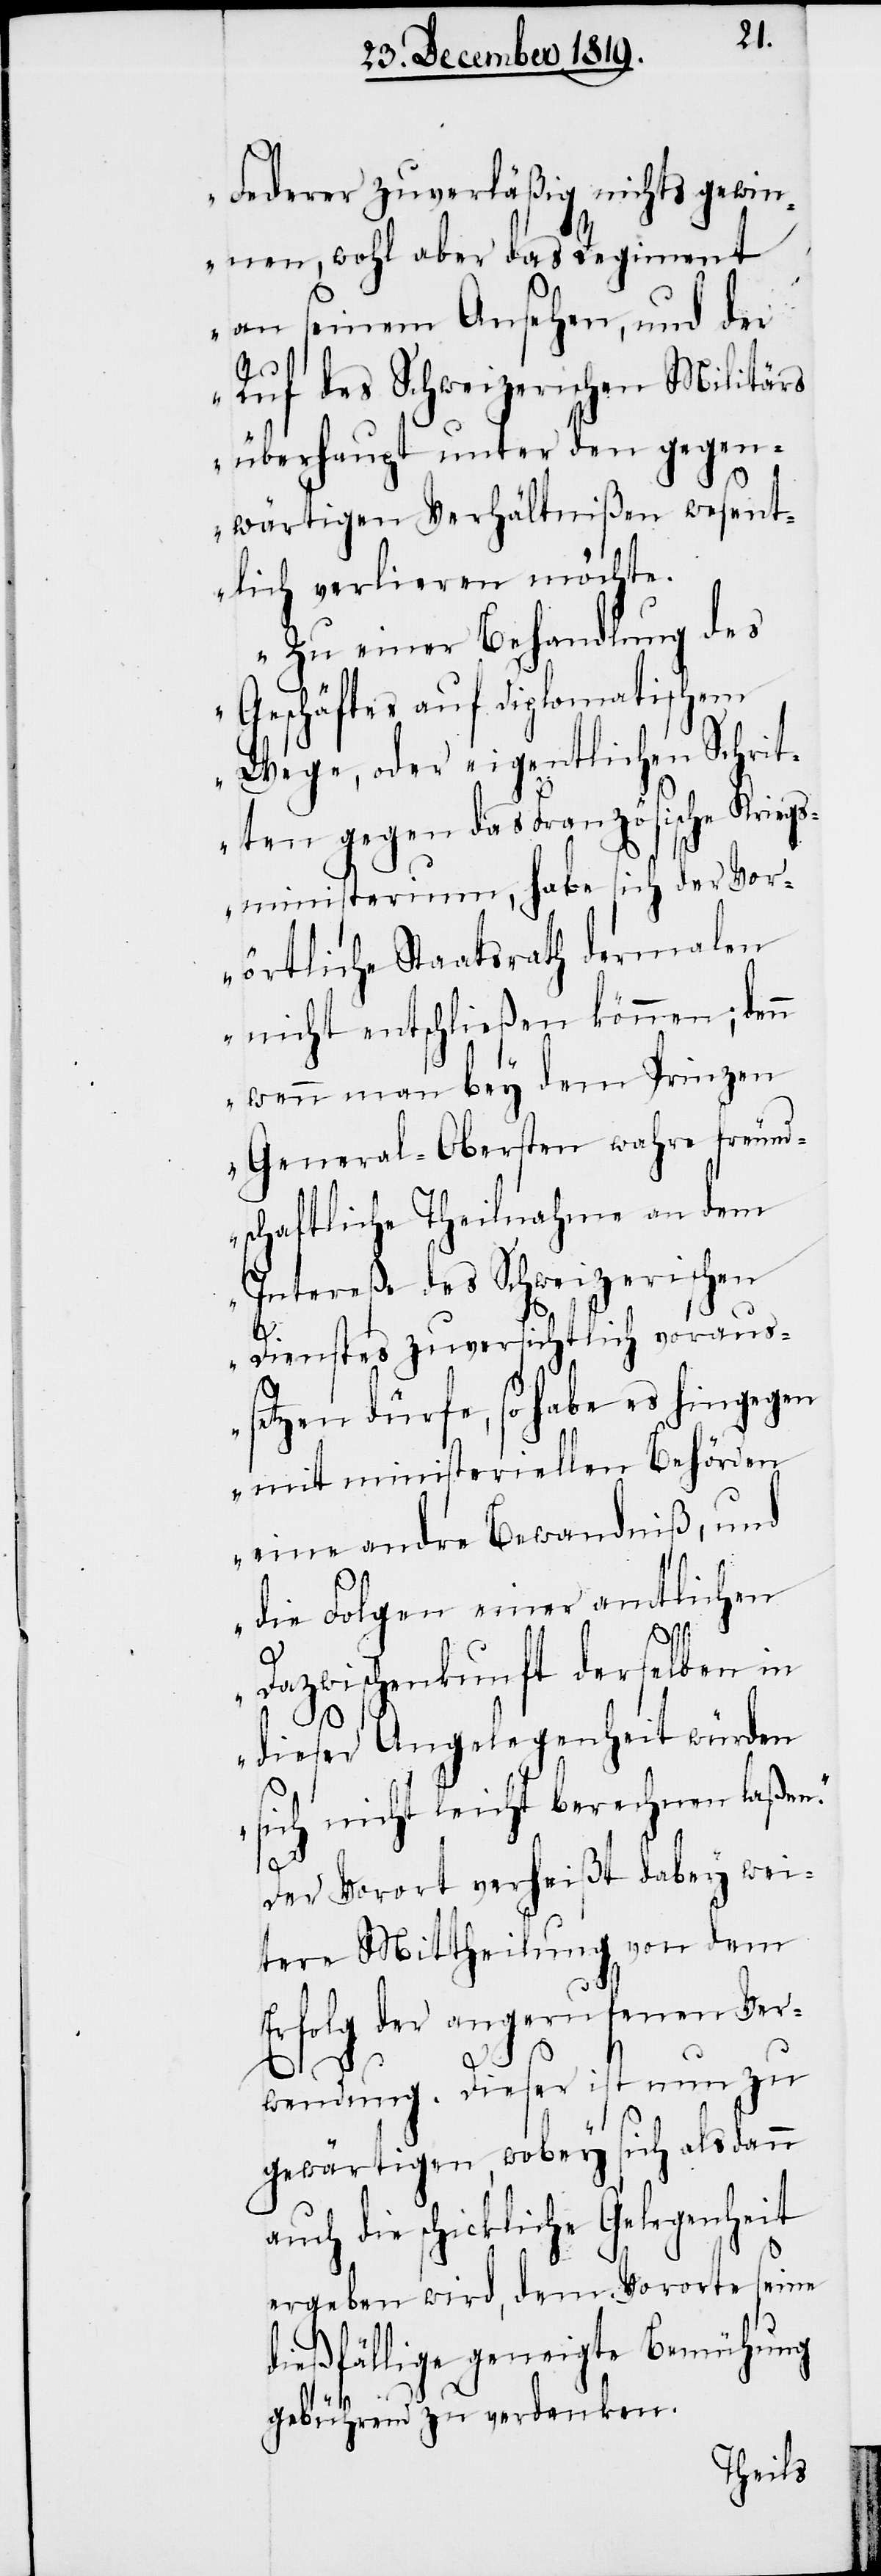
Federer zuverläßig nichts gewin¬
nen, wohl aber das Regiment
an seinem Ansehen, und der
Ruf des Schweizerischen Militärs
überhaupt unter den gegen¬
wärtigen Verhältnißen wesent¬
lich verlieren möchte.
Zu einer Behandlung des
Geschäftes auf diplomatischem
Wege, oder eigentlichen Schrit¬
ten gegen das Französische Kriegs¬
ministerium, habe sich der Vor¬
örtliche Staatsrath dermalen
nicht entschließen können; denn
wenn man bey dem Prinzen
General-Obersten wahre freund¬
schaftliche Theilnahme an dem
Intereße des Schweizerischen
Dienstes zuversichtlich voraus¬
setzen dürfe, so habe es hingegen
mit ministeriellen Behörden
eine andre Bewandniß, und
die Folgen einer amtlichen
die
Dazwischenkunft derselben in
dieser Angelegenheit würden
sich nicht leicht berechnen laße¬
E.
Der Vorort verheißt dabey wei¬
tere Mittheilung von dem
Erfolg der angerufenen Ver¬
wendung. Dieser ist nun zu
gewärtigen, wobey sich alsdann
auch die schickliche Gelegenheit
ergeben wird, dem Vororte seine
dießfällige geneigte Bemühung
gebührend zu verdanken.